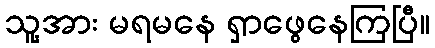
သူ့အား မရမနေ ရှာဖွေနေကြပြီ။